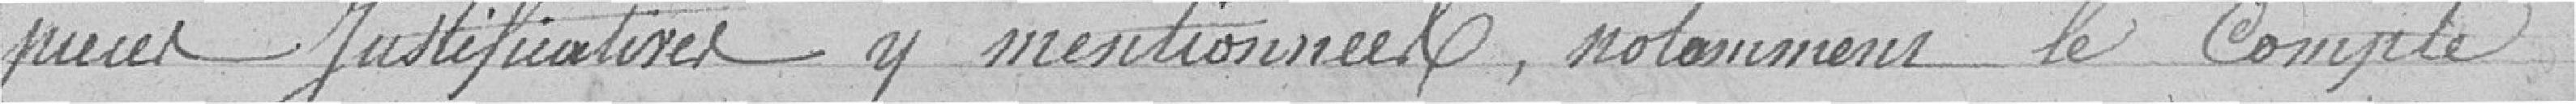
pièces Justificatives y mentionnant le Compte